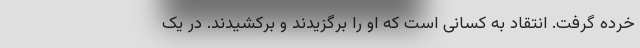
خرده گرفت. انتقاد به کسانی است که او را برگزیدند و برکشیدند. در یک